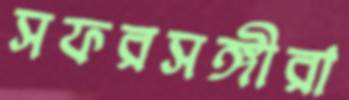
সফরসঙ্গীরা